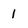
Character: 1